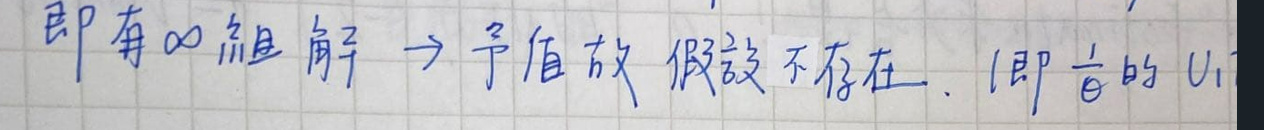
即有$\infty$组解$\to$予值故假设不存在.（即$\frac{1}{\theta}$的$U_1$ ）